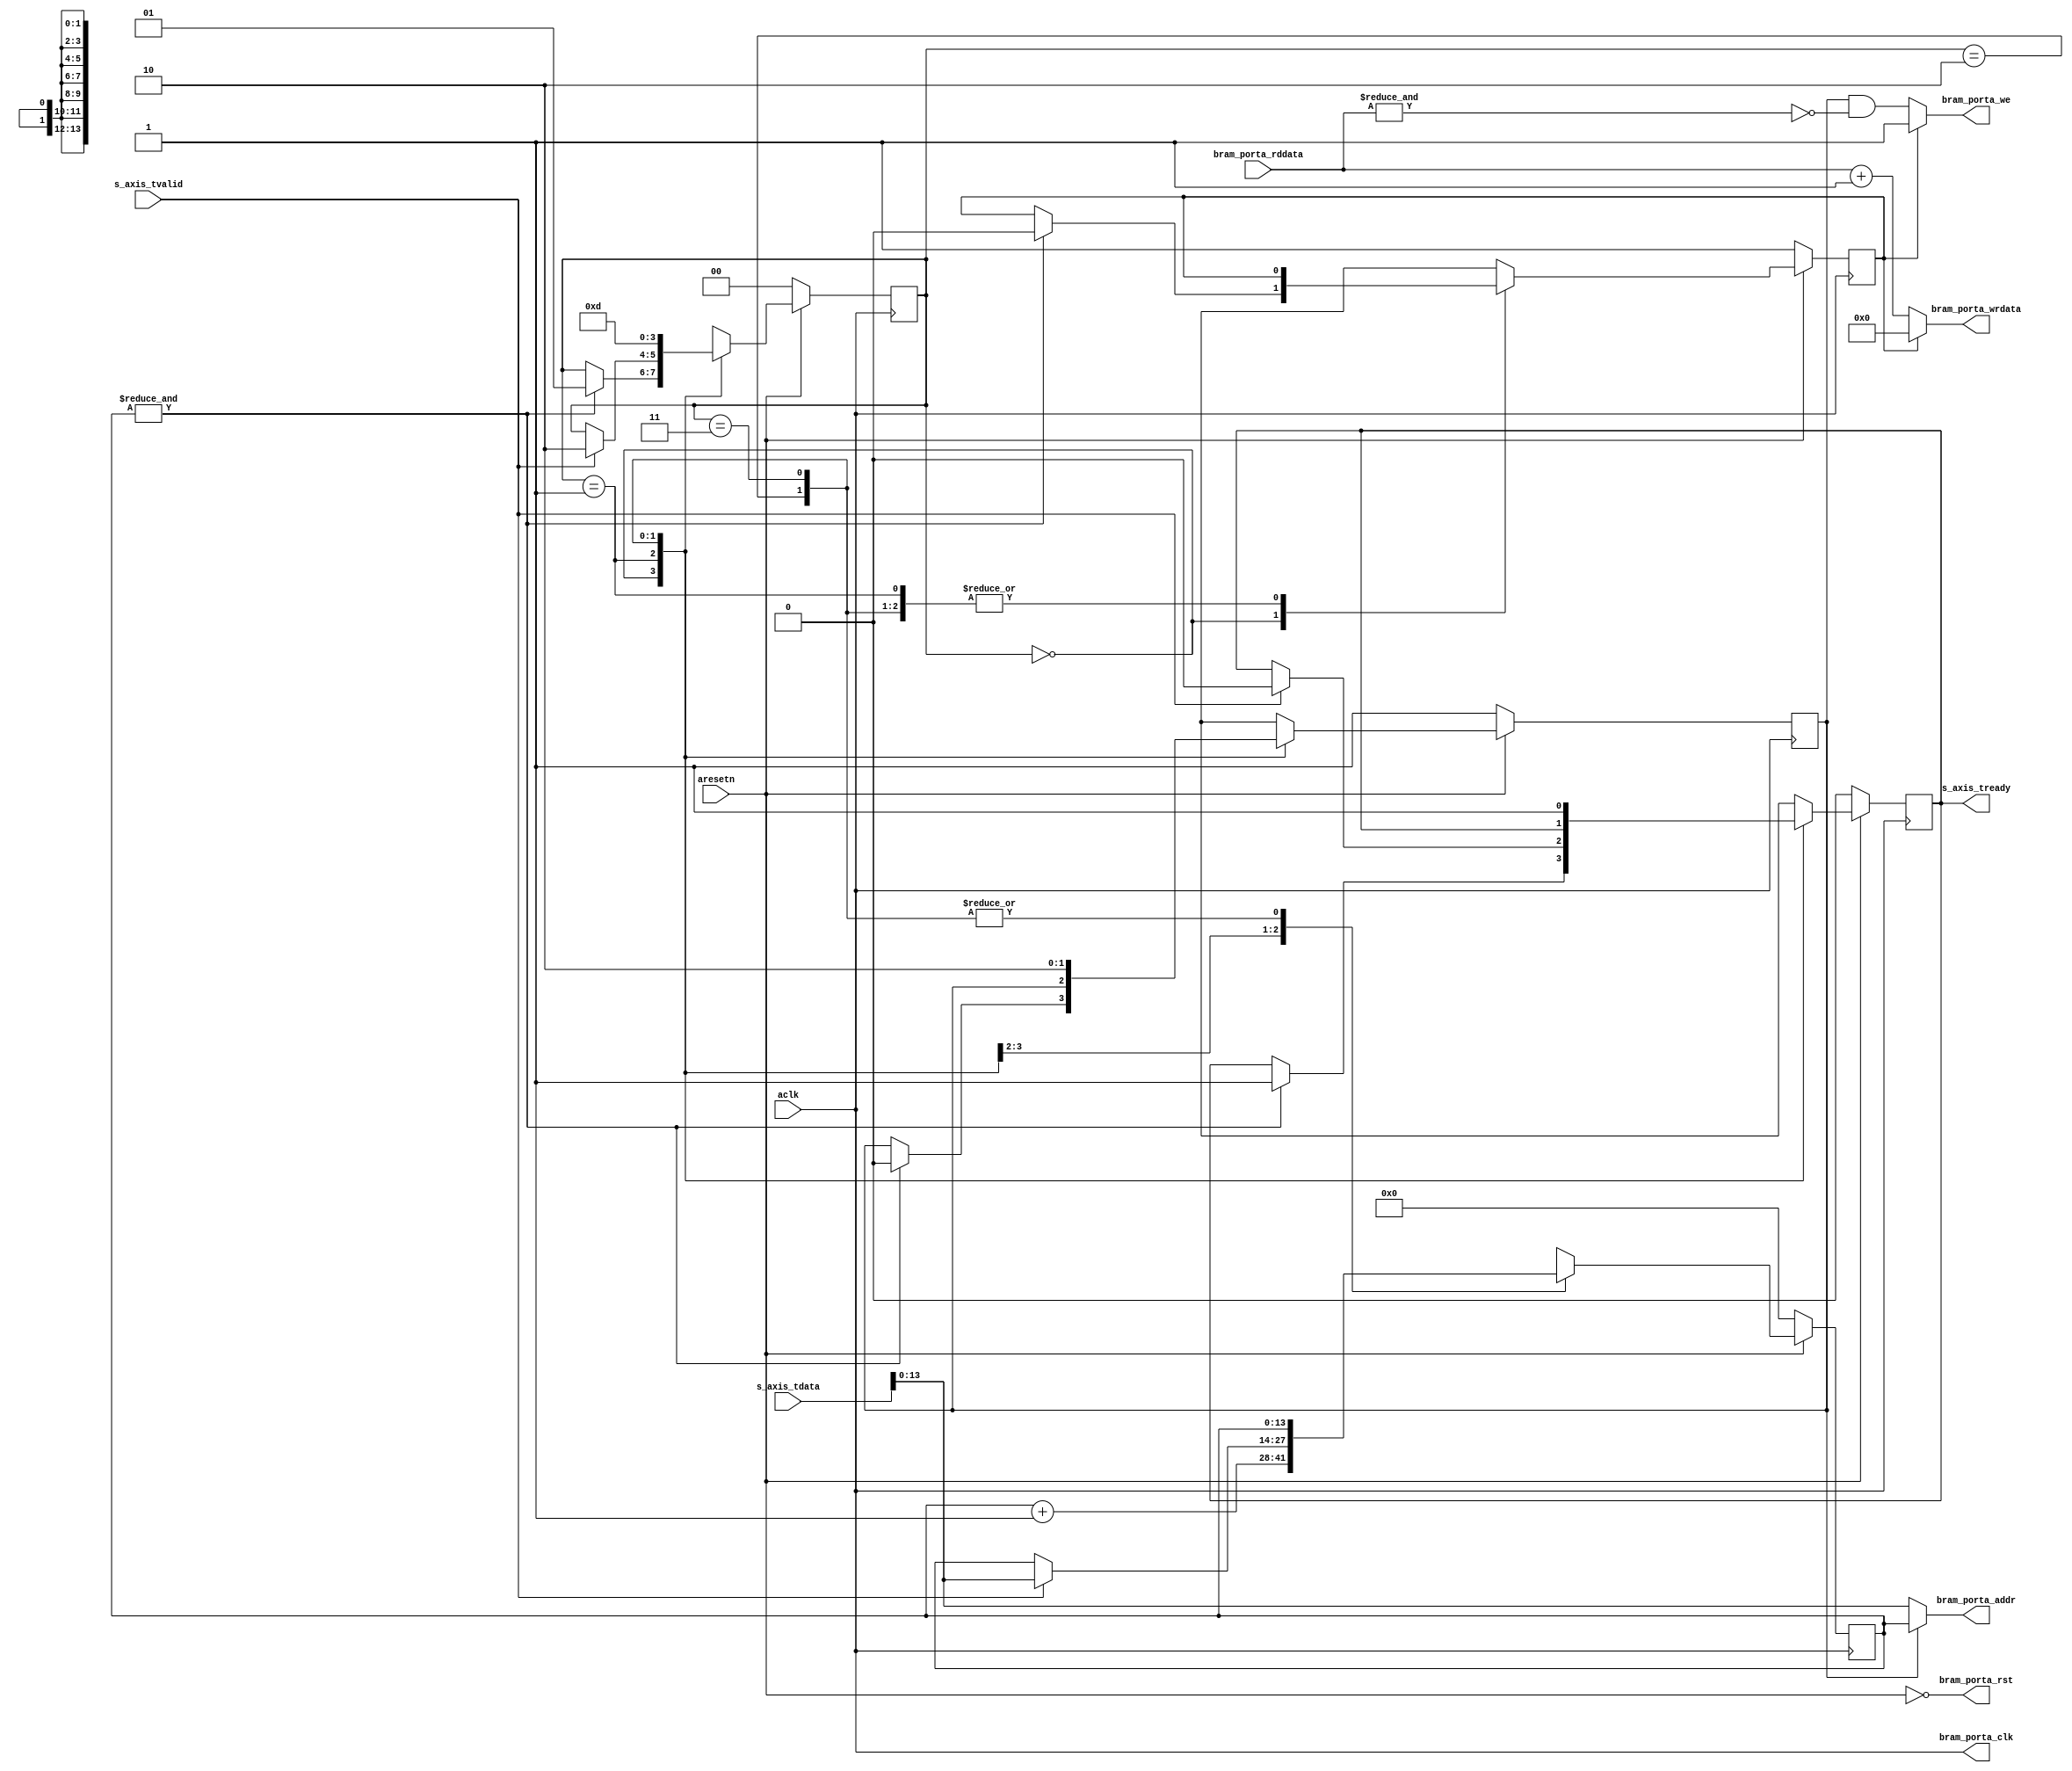
module axis_histogram #
(
  parameter integer AXIS_TDATA_WIDTH = 16,
  parameter integer BRAM_DATA_WIDTH = 32,
  parameter integer BRAM_ADDR_WIDTH = 14
)
(
  // System signals
  input  wire                        aclk,
  input  wire                        aresetn,

  // Slave side
  output wire                        s_axis_tready,
  input  wire [AXIS_TDATA_WIDTH-1:0] s_axis_tdata,
  input  wire                        s_axis_tvalid,

  // BRAM port
  output wire                        bram_porta_clk,
  output wire                        bram_porta_rst,
  output wire [BRAM_ADDR_WIDTH-1:0]  bram_porta_addr,
  output wire [BRAM_DATA_WIDTH-1:0]  bram_porta_wrdata,
  input  wire [BRAM_DATA_WIDTH-1:0]  bram_porta_rddata,
  output wire                        bram_porta_we
);

  reg [BRAM_ADDR_WIDTH-1:0] int_addr_reg, int_addr_next;
  reg [1:0] int_case_reg, int_case_next;
  reg int_tready_reg, int_tready_next;
  reg int_wren_reg, int_wren_next;
  reg int_zero_reg, int_zero_next;

  always @(posedge aclk)
  begin
    if(~aresetn)
    begin
      int_addr_reg <= {(BRAM_ADDR_WIDTH){1'b0}};
      int_case_reg <= 2'd0;
      int_tready_reg <= 1'b0;
      int_wren_reg <= 1'b1;
      int_zero_reg <= 1'b1;
    end
    else
    begin
      int_addr_reg <= int_addr_next;
      int_case_reg <= int_case_next;
      int_tready_reg <= int_tready_next;
      int_wren_reg <= int_wren_next;
      int_zero_reg <= int_zero_next;
    end
  end

  always @*
  begin
    int_addr_next = int_addr_reg;
    int_case_next = int_case_reg;
    int_tready_next = int_tready_reg;
    int_wren_next = int_wren_reg;
    int_zero_next = int_zero_reg;

    case(int_case_reg)
      0:
      begin
        // write zeros
        int_addr_next = int_addr_reg + 1'b1;
        if(&int_addr_reg)
        begin
          int_tready_next = 1'b1;
          int_wren_next = 1'b0;
          int_zero_next = 1'b0;
          int_case_next = 2'd1;
        end
      end
      1:
      begin
        if(s_axis_tvalid)
        begin
          int_addr_next = s_axis_tdata[BRAM_ADDR_WIDTH-1:0];
          int_tready_next = 1'b0;
          int_case_next = 2'd2;
        end
      end
      2:
      begin
        int_wren_next = 1'b1;
        int_case_next = 2'd3;
      end
      3:
      begin
        int_tready_next = 1'b1;
        int_wren_next = 1'b0;
        int_case_next = 2'd1;
      end
    endcase
  end

  assign s_axis_tready = int_tready_reg;

  assign bram_porta_clk = aclk;
  assign bram_porta_rst = ~aresetn;
  assign bram_porta_addr = int_wren_reg ? int_addr_reg : s_axis_tdata[BRAM_ADDR_WIDTH-1:0];
  assign bram_porta_wrdata = int_zero_reg ? {(BRAM_DATA_WIDTH){1'b0}} : (bram_porta_rddata + 1'b1);
  assign bram_porta_we = int_zero_reg ? 1'b1 : (int_wren_reg & ~&bram_porta_rddata);

endmodule